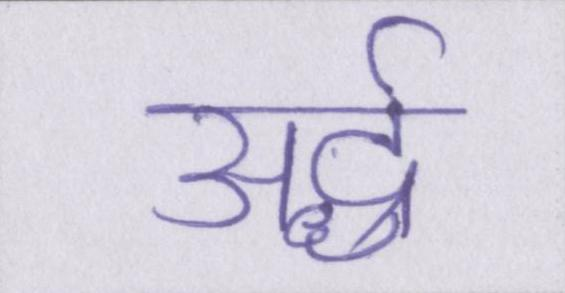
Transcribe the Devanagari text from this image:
अर्द्ध